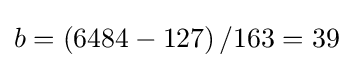
b=\left(6484-127\right)/163=39